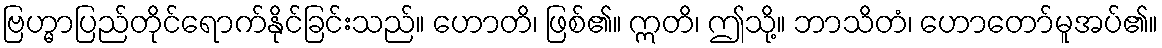
ဗြဟ္မာပြည်တိုင်ရောက်နိုင်ခြင်းသည်။ ဟောတိ၊ ဖြစ်၏။ ဣတိ၊ ဤသို့။ ဘာသိတံ၊ ဟောတော်မူအပ်၏။